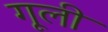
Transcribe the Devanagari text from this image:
गूली